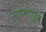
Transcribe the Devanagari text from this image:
लोमपक्ष